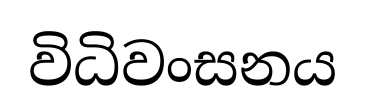
විධිවංසනය